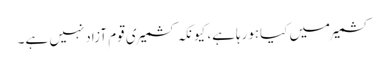
کشمیرمیں کیاہورہاہے، کیونکہ کشمیری قوم آزادنہیں ہے۔